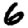
Digit: 6